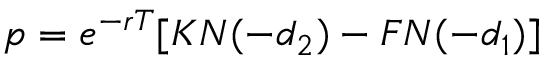
p = e ^ { - r T } [ K N ( - d _ { 2 } ) - F N ( - d _ { 1 } ) ]